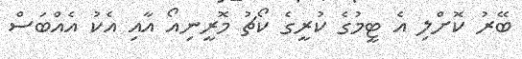
ބޭރު ކޮށްލި އެ ޓީމުގެ ކުރީގެ ކޯޗު މޮރީނިއޯ އާއި އެކު އެއްބަސް